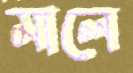
মালে